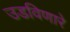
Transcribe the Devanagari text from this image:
उडविणारे